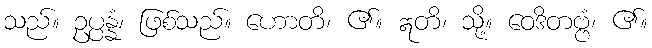
သည်။ ဥပ္ပန္နံ၊ ဖြစ်သည်။ ဟောတိ၊ ၏။ ဣတိ၊ သို့။ ဝေဒိတဗ္ဗံ၊ ၏။